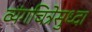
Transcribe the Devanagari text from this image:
व्यंगचित्रेसुध्दा